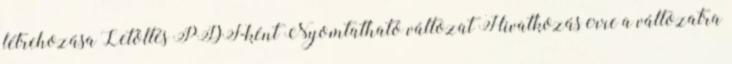
létrehozása Letöltés PDF-ként Nyomtatható változat Hivatkozás erre a változatra